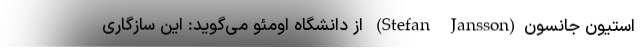
استیون جانسون(Stefan Jansson) از دانشگاه اومئو می‌گوید: این سازگاری